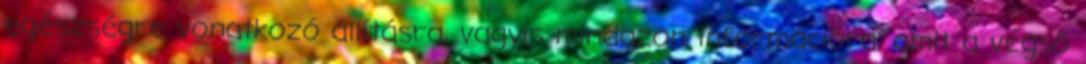
egészségre vonatkozó állításra, vagyis mindazon információra, amit a végső